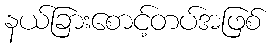
နယ်ခြားစောင့်တပ်အဖြစ်